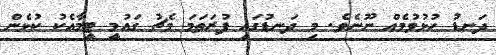
ދަނޑު ހުޅުވުމެއް ނޫނެވެ. މި ދަނޑުގައި ފުރަތަމަ މެޗު ގައުމީ ޓީމާއެކު ކުޅެން